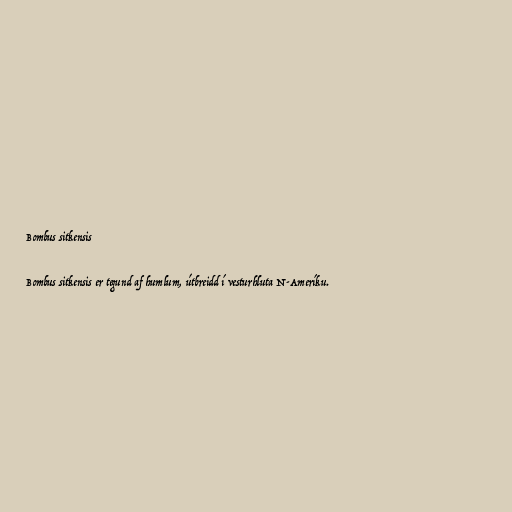
Bombus sitkensis

Bombus sitkensis er tegund af humlum, útbreidd í vesturhluta N-Ameríku.